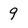
Character: 9